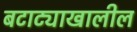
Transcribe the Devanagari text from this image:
बटाट्याखालील